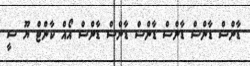
ޑާންސް ޑާންސް ޑާންސް ޑާންސް ޑާންސް ޑާންސް އޯއް ކާންޓް ޔޫ ސީ